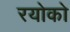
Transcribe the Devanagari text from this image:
रयोको